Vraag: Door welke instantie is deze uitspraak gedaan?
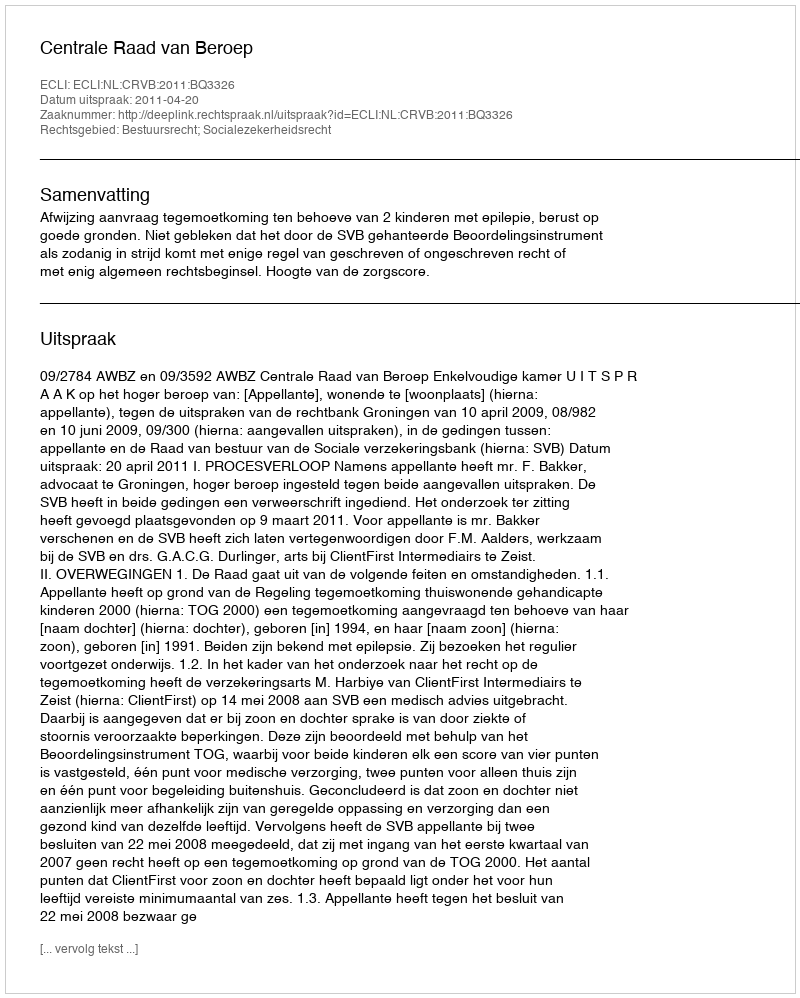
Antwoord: Centrale Raad van Beroep